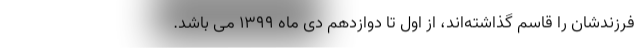
فرزندشان را قاسم گذاشته‌اند، از اول تا دوازدهم دی ماه ۱۳۹۹ می باشد.